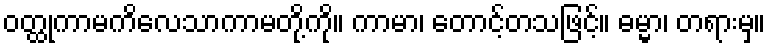
ဝတ္ထုကာမကိလေသာကာမတို့ကို။ ကာမာ၊ တောင့်တသဖြင့်။ ဓမ္မာ၊ တရားမှ။